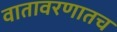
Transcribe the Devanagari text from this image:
वातावरणातच